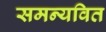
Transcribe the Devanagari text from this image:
समन्यवित